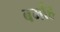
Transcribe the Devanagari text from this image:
बर्माह